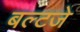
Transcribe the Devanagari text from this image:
बल्टजे